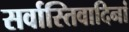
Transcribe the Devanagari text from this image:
सर्वास्तिवादिनां